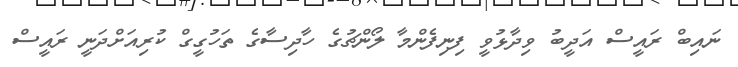
ނައިބް ރައީސް އަދީބު ވިދާޅުވީ ފިނިފެންމާ ލޯންޗުގެ ހާދިސާގެ ތަހުގީގް ކުރިއަށްދަނީ ރައީސް